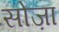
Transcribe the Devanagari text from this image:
सोज़ा